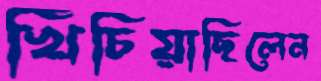
খিঁচিয়াছিলেন